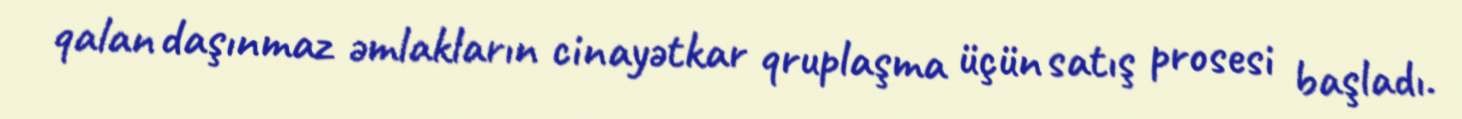
qalan daşınmaz əmlakların cinayətkar qruplaşma üçün satış prosesi başladı.